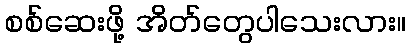
စစ်ဆေးဖို့ အိတ်တွေပါသေးလား။